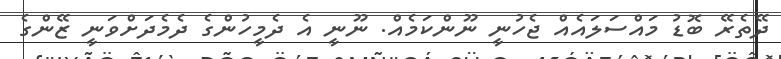
ދޭތެރޭ ބޮޑު މައްސަލައެއް ޖެހުނީ ނޫންކަމެއް. ނޫނީ އެ ދެމީހުންގެ ދެމެދަށްވަނީ ޒޭންގެ